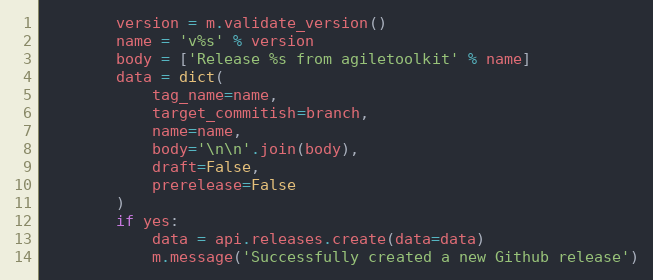
Language: Python
        version = m.validate_version()
        name = 'v%s' % version
        body = ['Release %s from agiletoolkit' % name]
        data = dict(
            tag_name=name,
            target_commitish=branch,
            name=name,
            body='\n\n'.join(body),
            draft=False,
            prerelease=False
        )
        if yes:
            data = api.releases.create(data=data)
            m.message('Successfully created a new Github release')